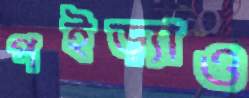
পইড়্যাও